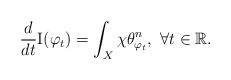
LaTeX: \begin{align*}\frac{d}{dt}{\rm I}(\varphi_t) = \int_X \chi \theta_{\varphi_t}^n, \ \forall t\in \mathbb{R}. \end{align*}